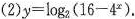
(2)$$y= \log _{2}(16-4^{x})$$.